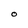
Character: O